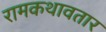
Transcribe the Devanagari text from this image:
रामकथावतार